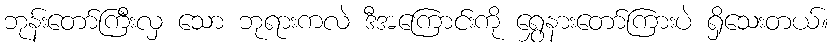
ဘုန်းတော်ကြီးလှ သော ဘုရားကလဲ ဒီအကြောင်းကို ရွှေနားတော်ကြားပဲ ရှိသေးတယ်။